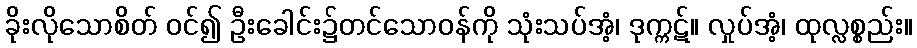
ခိုးလိုသောစိတ် ဝင်၍ ဦးခေါင်း၌တင်သောဝန်ကို သုံးသပ်အံ့၊ ဒုက္ကဋ်။ လှုပ်အံ့၊ ထုလ္လစ္စည်း။